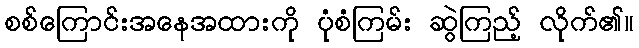
စစ်ကြောင်းအနေအထားကို ပုံစံကြမ်း ဆွဲကြည့် လိုက်၏။